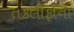
તકલીફોના